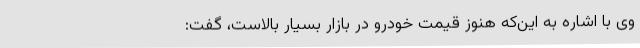
وی با اشاره به این‌که هنوز قیمت خودرو در بازار بسیار بالاست، گفت: